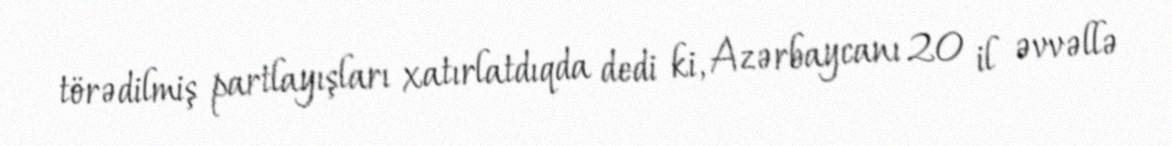
törədilmiş partlayışları xatırlatdıqda dedi ki, Azərbaycanı 20 il əvvəllə